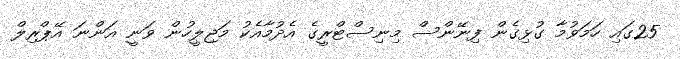
25ގައި ހަމަވުމާ ގުޅިގެން ފިނޭންސް މިނިސްޓްރީގެ އެދުމާއެކު މަޖިލީހުން ވަނީ އަންނަ އޭޕްރިލް